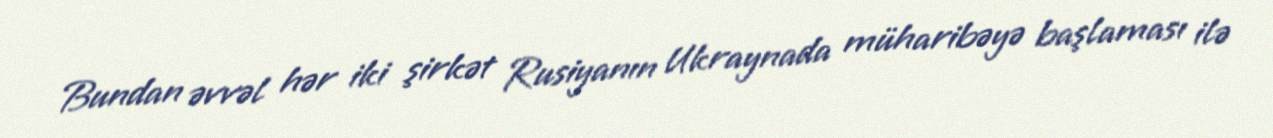
Bundan əvvəl hər iki şirkət Rusiyanın Ukraynada müharibəyə başlaması ilə